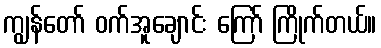
ကျွန်တော် ဝက်အူချောင်း ကြော် ကြိုက်တယ်။